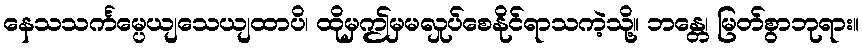
နေသသင်္ကမ္ပေယျသေယျထာပိ၊ ထိုမှဤမှမလှုပ်စေနိုင်ရာသကဲ့သို့။ ဘန္တေ၊ မြတ်စွာဘုရား။